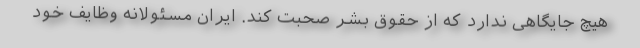
هیچ جایگاهی ندارد که از حقوق بشر صحبت کند. ایران مسئولانه وظایف خود